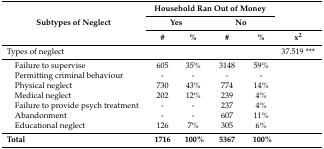
| <ROWSPAN=3> Subtypes of Neglect | <COLSPAN=4> Household Ran Out of Money | <ROWSPAN=2>  |
 | <COLSPAN=2> Yes | <COLSPAN=2> No |
 | # | % | # | % | x2 |
 | --- | --- | --- | --- | --- | --- |
 | Types of neglect |  |  |  |  | 37.519 *** |
 | Failure to supervise | 605 | 35% | 3148 | 59% |  |
 | Permitting criminal behaviour | - | - | - | - |  |
 | Physical neglect | 730 | 43% | 774 | 14% |  |
 | Medical neglect | 202 | 12% | 239 | 4% |  |
 | Failure to provide psych treatment | - | - | 237 | 4% |  |
 | Abandonment | - | - | 607 | 11% |  |
 | Educational neglect | 126 | 7% | 305 | 6% |  |
 | Total | 1716 | 100% | 5367 | 100% |  |